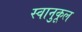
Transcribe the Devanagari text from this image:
स्वानुकूल